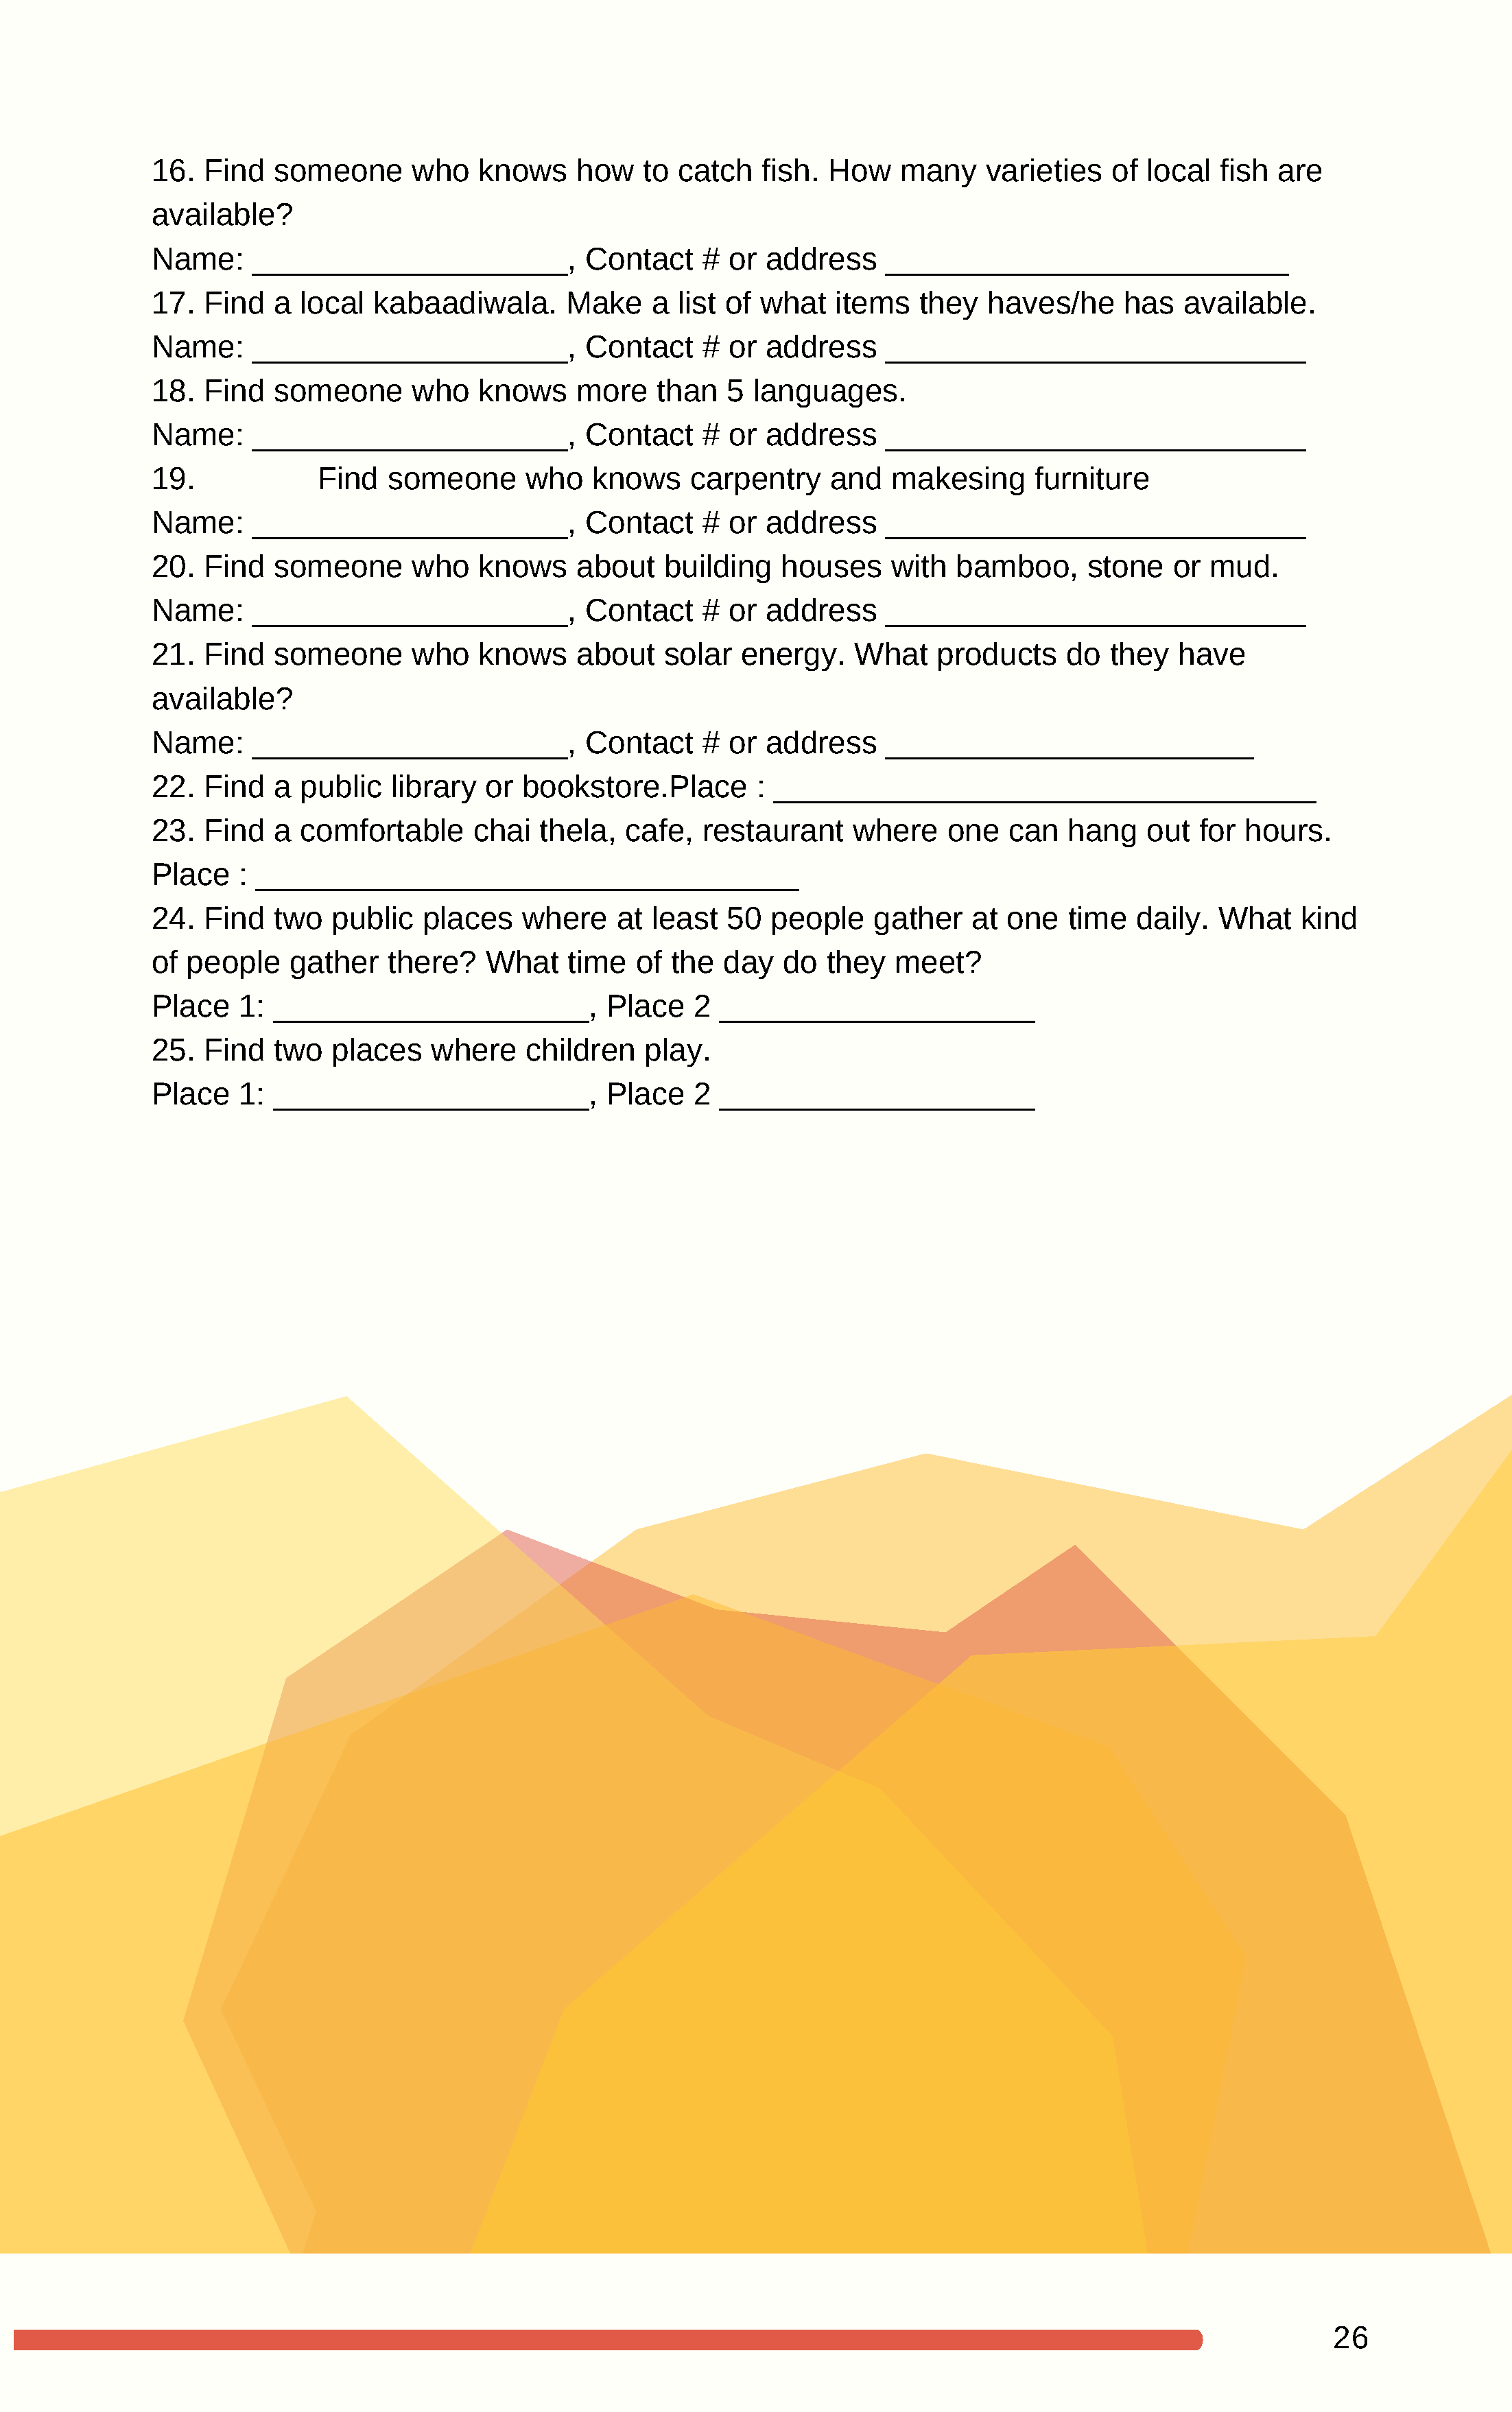
16.  Find  someone       who   knows     how   to catch   fish.  How    many    varieties   of  local  fish are
 available?
 Name:    __________________,             Contact     # or  address    _______________________
 17.  Find  a  local  kabaadiwala.       Make    a list of what    items   they  haves/he     has   available.
 Name:    __________________,             Contact     # or  address    ________________________
 18.  Find  someone       who   knows     more   than   5  languages.
 Name:    __________________,             Contact     # or  address    ________________________
 19.             Find  someone       who   knows     carpentry    and   makesing      furniture
 Name:    __________________,             Contact     # or  address    ________________________
 20.  Find  someone       who   knows     about   building   houses     with  bamboo,      stone   or  mud.
 Name:    __________________,             Contact     # or  address    ________________________
 21.  Find  someone       who   knows     about   solar  energy.    What    products     do  they   have
 available?
 Name:    __________________,             Contact     # or  address    _____________________
 22.  Find  a  public   library  or bookstore.Place        : _______________________________
 23.  Find  a  comfortable      chai  thela,  cafe,   restaurant    where    one   can   hang    out  for hours.
 Place   : _______________________________
 24.  Find  two   public   places   where    at  least  50  people    gather    at one   time   daily.  What   kind
 of people    gather   there?    What    time  of  the  day   do  they  meet?
 Place   1: __________________,             Place    2 __________________
 25.  Find  two   places    where    children   play.
 Place   1: __________________,             Place    2 __________________
 26